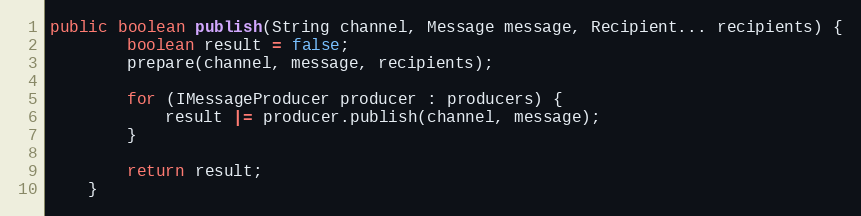
Language: Java
public boolean publish(String channel, Message message, Recipient... recipients) {
        boolean result = false;
        prepare(channel, message, recipients);

        for (IMessageProducer producer : producers) {
            result |= producer.publish(channel, message);
        }

        return result;
    }